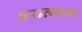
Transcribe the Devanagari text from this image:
धरात्मजः